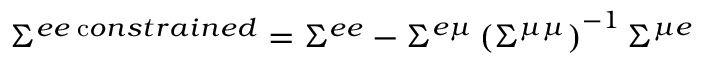
\Sigma ^ { e e \; { \textrm c o n s t r a i n e d } } = \Sigma ^ { e e } - \Sigma ^ { e \mu } \left( \Sigma ^ { \mu \mu } \right) ^ { - 1 } \Sigma ^ { \mu e }